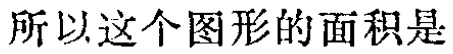
所以这个图形的面积是